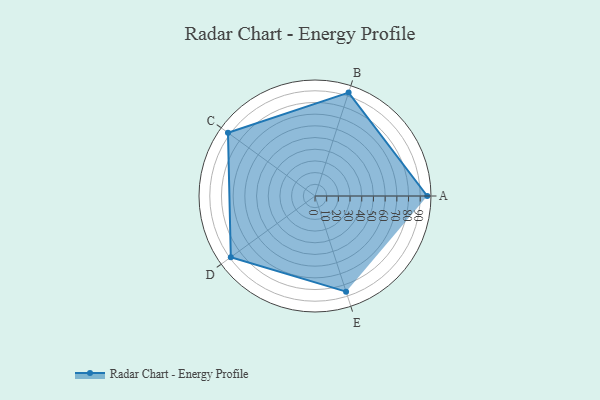
{"axis": {"x": "Skill", "y": "Score"}, "legend": ["Profile"], "data": [{"x": "A", "y": 96.0, "type": "Profile"}, {"x": "B", "y": 93.0, "type": "Profile"}, {"x": "C", "y": 92.0, "type": "Profile"}, {"x": "D", "y": 89.0, "type": "Profile"}, {"x": "E", "y": 86.0, "type": "Profile"}]}